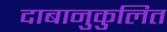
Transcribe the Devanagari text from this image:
दाबानुकुलित